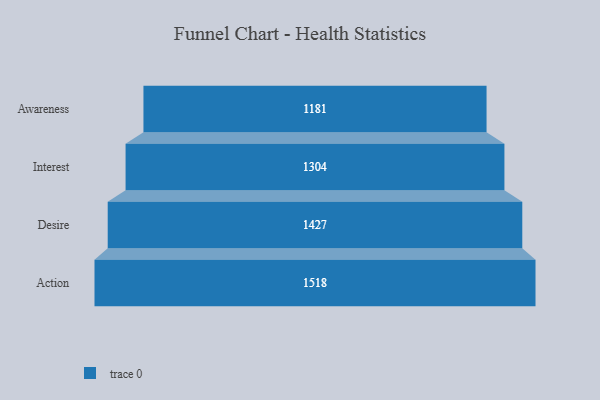
{"axis": {"x": "Stage", "y": "Value"}, "legend": [""], "data": [{"x": "Awareness", "y": 1181.0, "type": ""}, {"x": "Interest", "y": 1304.0, "type": ""}, {"x": "Desire", "y": 1427.0, "type": ""}, {"x": "Action", "y": 1518.0, "type": ""}]}